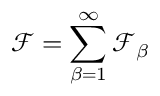
\mathcal { F } = \sum _ { \beta = 1 } ^ { \infty } \mathcal { F } _ { \beta }